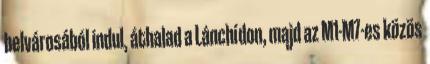
belvárosából indul, áthalad a Lánchídon, majd az M1-M7-es közös